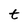
Character: t